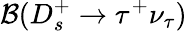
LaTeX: {\mathcal B}(D_{s}^{+}\to\tau^{+}\nu_{\tau})